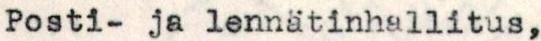
Posti- ja lennätinhallitus,